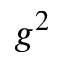
g ^ { 2 }